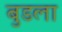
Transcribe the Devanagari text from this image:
बुडला